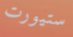
ستيورت